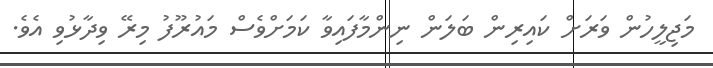
މަޖިލީހުން ވަރަށް ކައިރިން ބަލަން ނިންމާފައިވާ ކަމަށްވެސް މައުރޫފު މިރޭ ވިދާޅުވި އެވެ.